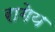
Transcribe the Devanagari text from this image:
रागेय